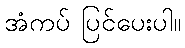
အံကပ် ပြင်ပေးပါ။